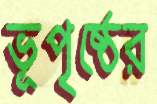
ভূপৃষ্ঠের